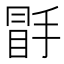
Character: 𭡣